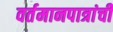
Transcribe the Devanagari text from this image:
वर्तमानपात्रांची